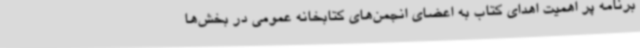
برنامه پر اهمیت اهدای کتاب به اعضای انجمن‌های کتابخانه عمومی در بخش‌ها